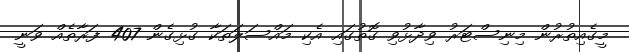
މީގެއިތުރުން މިނިސްޓަރު ވިދާޅުވި ގޮތުގައި އެކި މައްސަލަތަކާ ގުޅިގެން 407 ފަރާތެއް ވަނީ